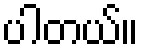
ပါတယ်။